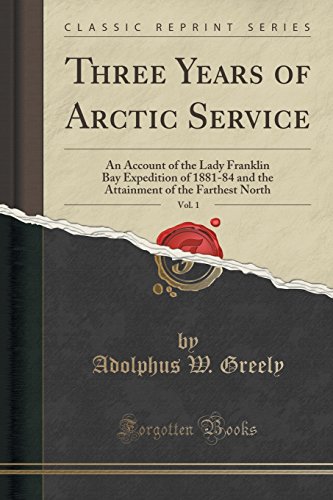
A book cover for Three Years of Arctic Service, Vol. 1: An Account of the Lady Franklin Bay Expedition of 1881-84 and the Attainment of the Farthest North (Classic Reprint); Adolphus W. Greely; History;